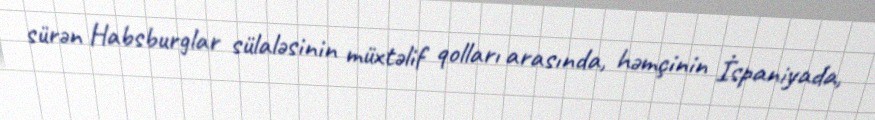
sürən Habsburglar sülaləsinin müxtəlif qolları arasında, həmçinin İspaniyada,